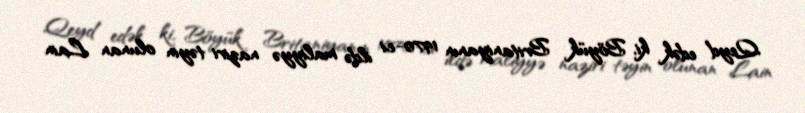
Qeyd edək ki, Böyük Britaniyanın 1970-ci ildə maliyyə naziri təyin olunan Lain